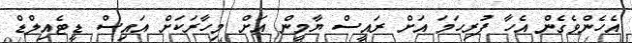
އެހެންވެގެން އެހާ ފުރިހަމަ އަށް ރައީސް ޔާމީން އަށް މިހާރަކަށް އައިސް ޑީޓެއިލްޑް